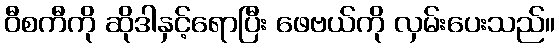
ဝီစကီကို ဆိုဒါနှင့်ရောပြီး ဖေဗယ်ကို လှမ်းပေးသည်။